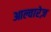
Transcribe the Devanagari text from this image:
आल्वारेज़